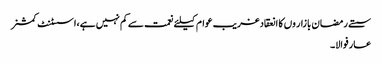
سستے رمضان بازار وں کا انعقادغریب عوام کیلئے نعمت سے کم نہیں ہے،اسسٹنٹ کمشنر
عارفوالا۔